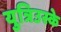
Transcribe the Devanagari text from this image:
युत्रिउस्के